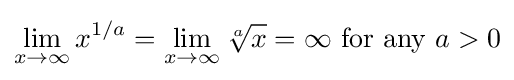
\lim _{x\to \infty }x^{1/a}=\lim _{x\to \infty }{\sqrt[{a}]{x}}=\infty {\text{ for any }}a>0